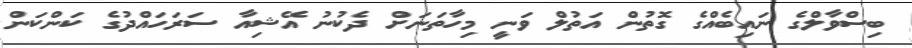
ބިސްވާލްގެ ނައިބެއްގެ ގޮތުން އަތުލް ވަނީ މިހާތަނަށް ދެކުނު އޭޝިއާ ސަރަހައްދުގެ ކަންކަން